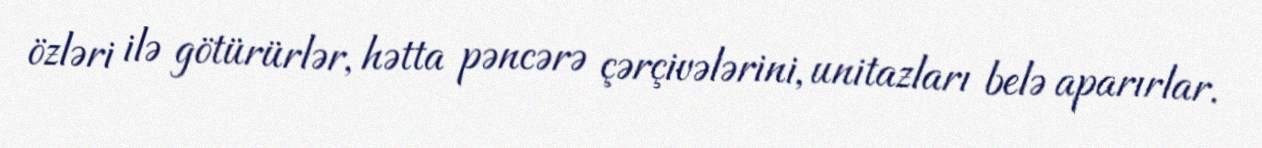
özləri ilə götürürlər, hətta pəncərə çərçivələrini, unitazları belə aparırlar.